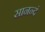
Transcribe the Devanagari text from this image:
सानन्दं